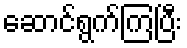
ဆောင်ရွက်ကြပြီး